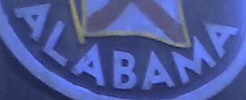
ALABAMA